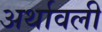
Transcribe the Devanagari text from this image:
अर्थावली